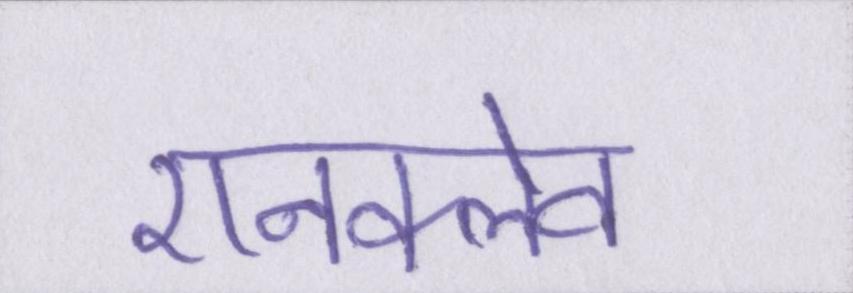
एनक्लेव